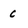
Character: c